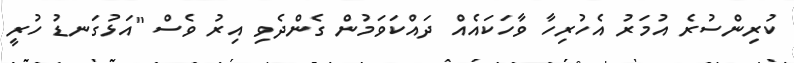
ކުރިންސުރެ އުމަރު އެހުރިހާ ވާހަކައެއް ދައްކަވަމުން ގެންދެވި އިރު ވެސް "އަޅުގަނޑު ހުރީ